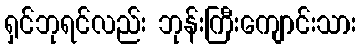
ရှင်ဘုရင်လည်း ဘုန်းကြီးကျောင်းသား